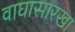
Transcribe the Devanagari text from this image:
वाघासारखा